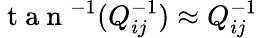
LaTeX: \mathrm{~t~a~n~}^{-1}(Q_{ij}^{-1})\approx Q_{ij}^{-1}